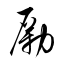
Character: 勵